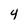
Character: 4